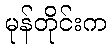
မုန်တိုင်းက